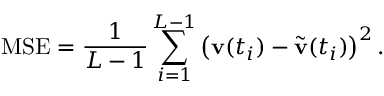
\mathrm { M S E } = \frac { 1 } { L - 1 } \sum _ { i = 1 } ^ { L - 1 } \left( \mathbf { v } ( t _ { i } ) - \tilde { \mathbf { v } } ( t _ { i } ) \right) ^ { 2 } .